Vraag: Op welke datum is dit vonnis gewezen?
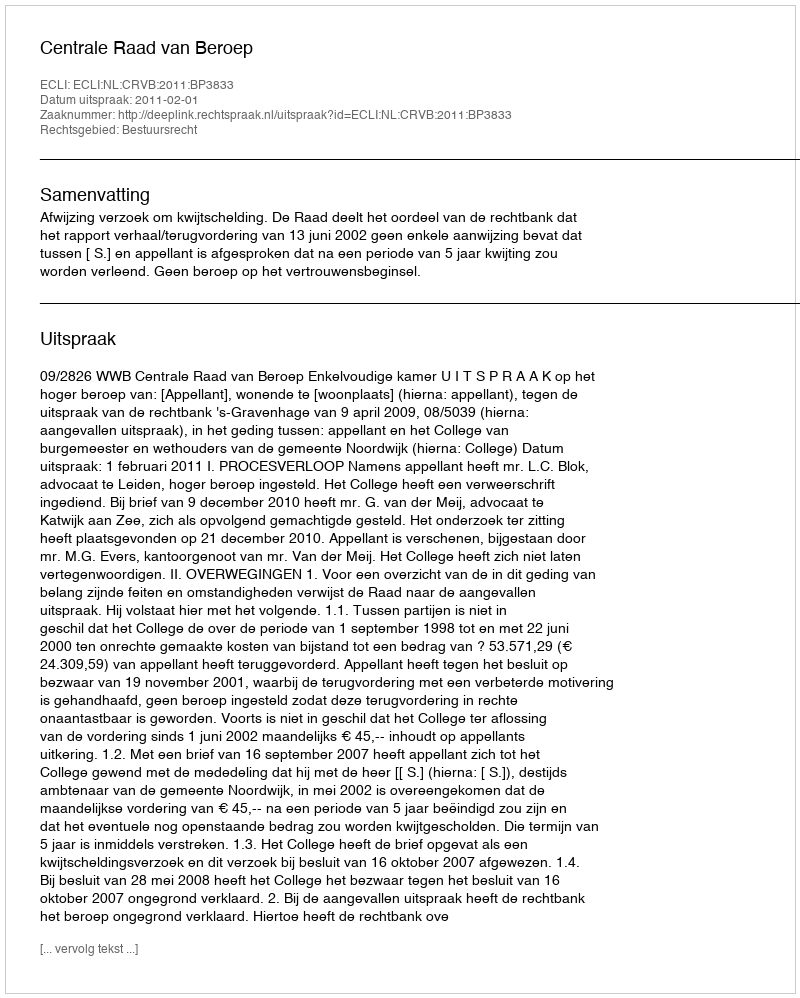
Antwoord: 2011-02-01